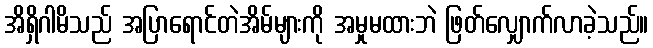
အိရှိဂါမိသည် အပြာရောင်တဲအိမ်များကို အမှုမထားဘဲ ဖြတ်လျှောက်လာခဲ့သည်။